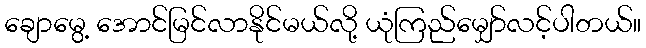
ချောမွေ့ အောင်မြင်လာနိုင်မယ်လို့ ယုံကြည်မျှော်လင့်ပါတယ်။